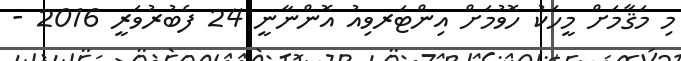
މި މަޤާމަށް މީހަކު ހޮވުމަށް އިންޓަރވިއު އޮންނާނީ 24 ފެބުރުވަރީ 2016 -